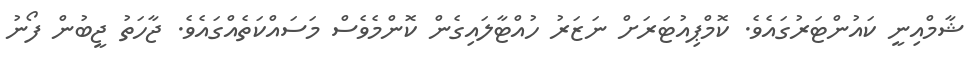
ޝާމްއިނީ ކައުންޓަރުގައެވެ. ކޮމްޕިއުޓަރަށް ނަޒަރު ހުއްޓާލައިގެން ކޮންމެވެސް މަސައްކަތެއްގައެވެ. ޖާހަތު ޖީބުން ފޯނު